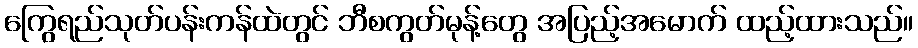
ကြွေရည်သုတ်ပန်းကန်ထဲတွင် ဘီစကွတ်မုန့်တွေ အပြည့်အမောက် ထည့်ထားသည်။